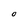
Character: O